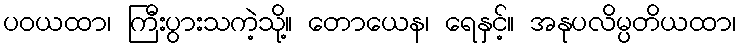
ပဝယထာ၊ ကြီးပွားသကဲ့သို့။ တောယေန၊ ရေနှင့်။ အနုပလိမ္ပတိယထာ၊